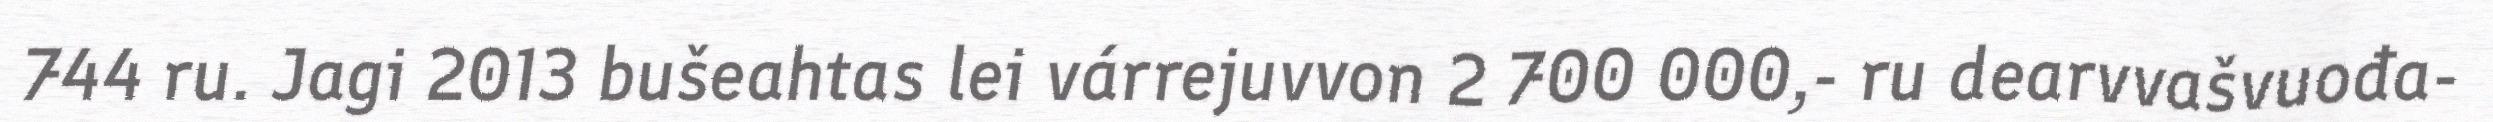
744 ru. Jagi 2013 bušeahtas lei várrejuvvon 2 700 000,- ru dearvvašvuođa-